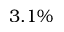
3 . 1 \%